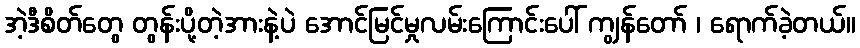
အဲ့ဒီစိတ်တွေ တွန်းပို့တဲ့အားနဲ့ပဲ အောင်မြင်မှုလမ်းကြောင်းပေါ် ကျွန်တော် ၊ ရောက်ခဲ့တယ်။